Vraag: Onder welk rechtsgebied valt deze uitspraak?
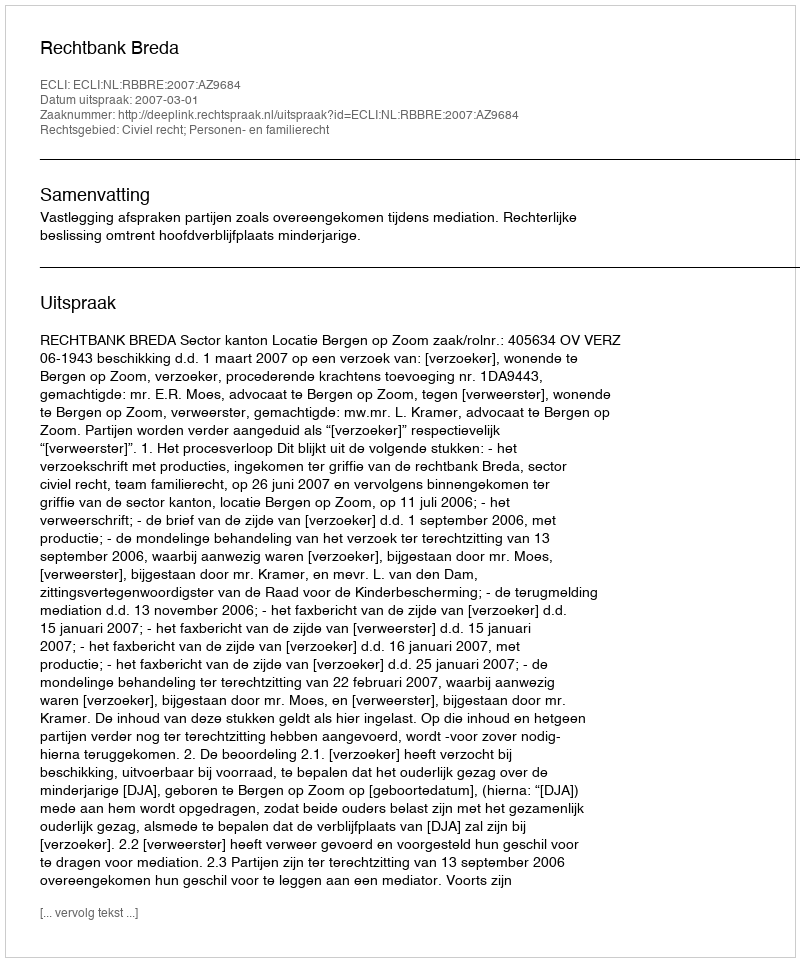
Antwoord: Civiel recht; Personen- en familierecht